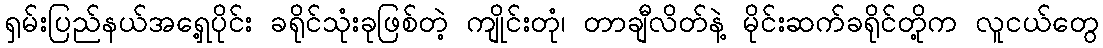
ရှမ်းပြည်နယ်အရှေ့ပိုင်း ခရိုင်သုံးခုဖြစ်တဲ့ ကျိုင်းတုံ၊ တာချီလိတ်နဲ့ မိုင်းဆက်ခရိုင်တို့က လူငယ်တွေ